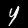
Digit: 4